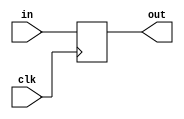
`timescale 1ns / 1ps
//////////////////////////////////////////////////////////////////////////////////
// Company: 
// Engineer: 
// 
// Design Name: 
// Module Name: PR
// Project Name: 
// Target Devices: 
// Tool Versions: 
// Description: 
// 
// Dependencies: 
// 
// Revision:
// Revision 0.01 - File Created
// Additional Comments:
// 
//////////////////////////////////////////////////////////////////////////////////


module PR(clk, in, out);
    input clk;
    input [300:0] in;
    output reg [300:0] out;
    
    always @ (posedge clk)
        out <= in;
    
    initial begin
        out <= 0;
    end
    
endmodule